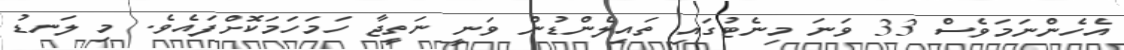
އެހެންނަމަވެސް 33 ވަނަ މިނެޓުގައި ތައިލެންޑުން ވަނީ ނަތީޖާ ހަމަހަމަކޮށްފައެވެ. މި ލަނޑު